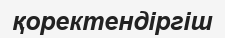
қоректендіргіш